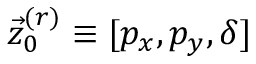
\vec { z } _ { 0 } ^ { ( r ) } \equiv [ p _ { x } , p _ { y } , \delta ]